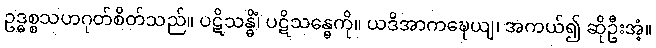
ဥဒ္ဓစ္စသဟဂုတ်စိတ်သည်။ ပဋိသန္ဓိံ၊ ပဋိသန္ဓေကို။ ယဒိအာကဍ္ဎေယျ၊ အကယ်၍ ဆိုဦးအံ့။